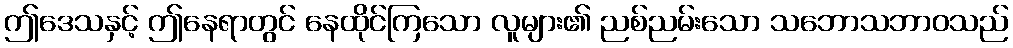
ဤဒေသနှင့် ဤနေရာတွင် နေထိုင်ကြသော လူများ၏ ညစ်ညမ်းသော သဘောသဘာဝသည်